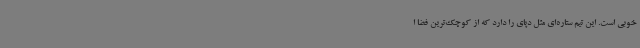
خوبی است. این تیم ستاره‌ای مثل دپای را دارد که از کوچک‌ترین فضا ا